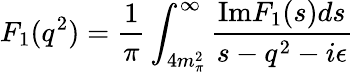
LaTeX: F_{1}(q^{2})={\frac{1}{\pi}}\int_{4m_{\pi}^{2}}^{\infty}{\frac{\mathrm{Im}F_{1}(s)ds}{s-q^{2}-i\epsilon}}